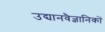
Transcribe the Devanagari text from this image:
उद्यानवैज्ञानिकों